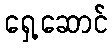
ရှေ့ဆောင်